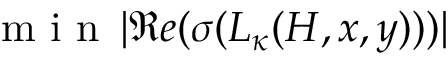
\textrm { m i n } \, | \Re e ( \sigma ( L _ { \kappa } ( H , x , y ) ) ) |